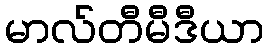
မာလ်တီမီဒီယာ